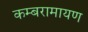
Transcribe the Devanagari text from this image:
कम्बरामायण